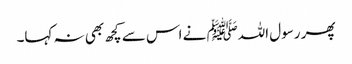
پھر رسول اللہﷺ نے اس سے کچھ بھی نہ کہا۔